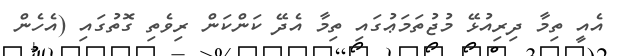
އެއީ ތިމާ ދިރިއުޅޭ މުޖުތަމަޢުގައި ތިމާ އެދޭ ކަންކަން ރިވެތި ގޮތުގައި (އެހެން